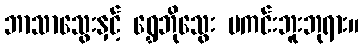
ဘာသာသွေးနှင့် ရွှေဘိုသွေး မကင်းဘူးဘုရား။